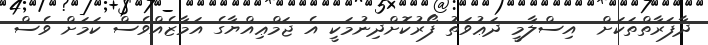
ދާފަރާތްތަކަށް  އިސްލާމީ ދަޢުވަތު ފޯރުކޮށްދިނުމަކީ އެ ޖަމްޢިއްޔާގެ އަމާޒެއްވެސް ކަމަށް ވެސް